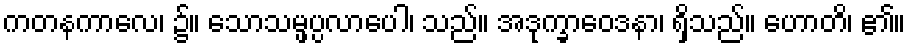
ကတနကာလေ၊ ၌။ သောသမ္ဖပ္ပလာပေါ၊ သည်။ အဒုက္ခာဝေဒနာ၊ ရှိသည်။ ဟောတိ၊ ၏။